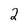
Character: 2